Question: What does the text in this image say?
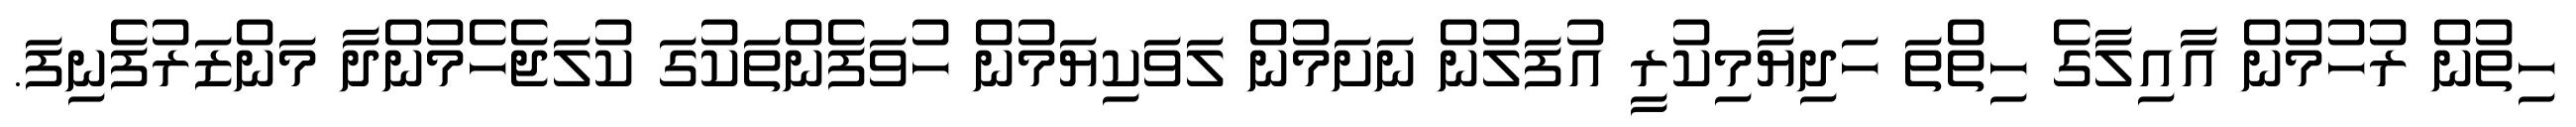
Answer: ހިތުން ރުހުމުން އާއިލާގެ ހިތްތަ ހަދިޔާމިކުރީ އުފަލުން ނަށަމުން ލަވަކިޔަމުން ހުވަފެންތަކުގަ ކުލަޖެހެމުންދާ މަންޒަރުފެނިފަ.